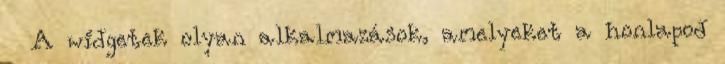
A widgetek olyan alkalmazások, amelyeket a honlapod